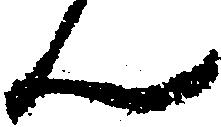
ん